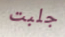
جلبت